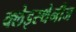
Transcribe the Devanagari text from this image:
क्लेइस्थेनीज